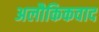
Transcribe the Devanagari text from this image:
अलौकिकवाद